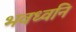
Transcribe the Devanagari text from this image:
भवध्वनि